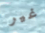
غير